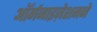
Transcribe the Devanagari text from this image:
ऑर्गनाइज़ेशनने